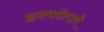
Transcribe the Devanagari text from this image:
हृदयरोगाचे